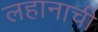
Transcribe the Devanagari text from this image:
लहानाची